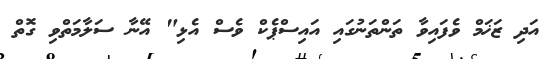
އަދި ޒަޚަމް ވެފައިވާ ތަންތަނުގައި އައިސްޕެކް ވެސް އެޅި" އޭނާ ސަލާމަތްވި ގޮތް